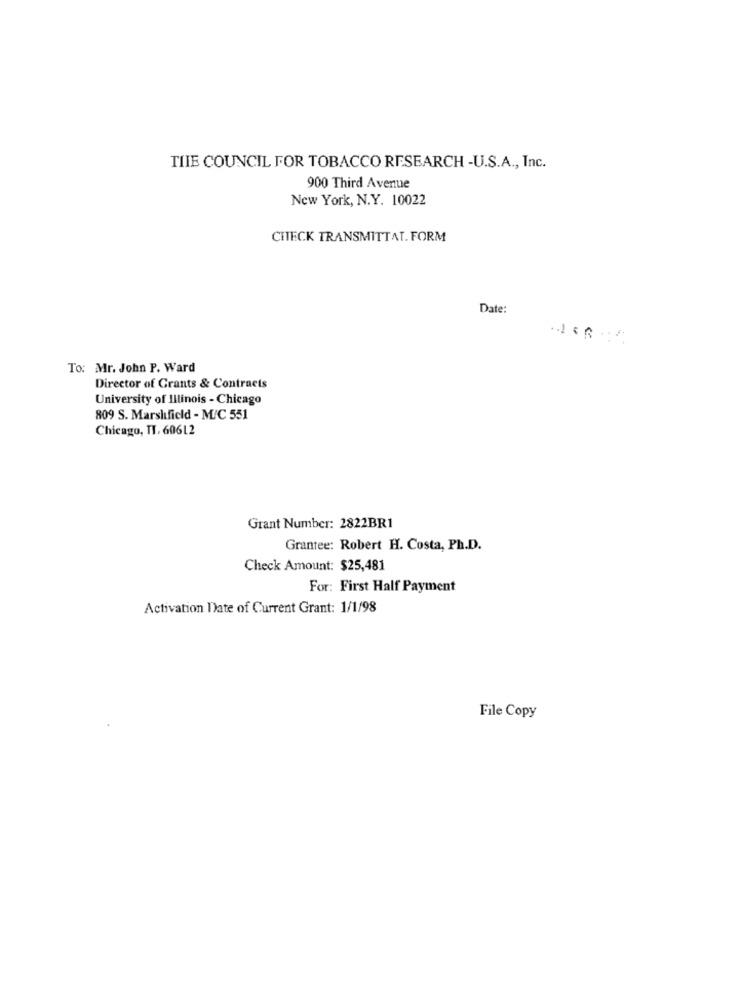
TIIE COUNCIL FOR TOBACCO RESEARCH -U.S.A ., Inc.
900 Third Avenue
New York, N.Y. 10022
CHECK TRANSMITTAT. FORM
Date:
To: Mr. John P. Ward
Director of Grants & Contracts
University of Illinois - Chicago
809 S. Marshfield - M/C 551
Chicago, TI. 60612
Grant Number: 2822BR1
Grantee: Robert H. Costa, Ph.D.
Check Amount: $25,481
For: First Half Payment
Activation Date of Current Grant: 1/1/98
File Copy